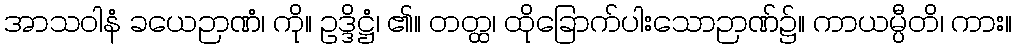
အာသဝါနံ ခယေဉာဏံ၊ ကို။ ဥဒ္ဒိဋ္ဌံ၊ ၏။ တတ္ထ၊ ထိုခြောက်ပါးသောဉာဏ်၌။ ကာယမ္ပီတိ၊ ကား။